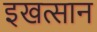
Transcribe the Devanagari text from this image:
इखत्सान